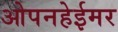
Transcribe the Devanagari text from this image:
ओपनहेईमर